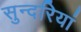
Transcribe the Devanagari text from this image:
सुन्दरियां